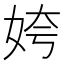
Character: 姱